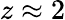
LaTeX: z\approx 2